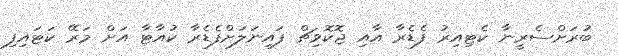
ބުރަށްސެރީނާ ކެޓިއިރު ފެޑެރާ އާއި ޖޮކޮވިޗް ފައިނަލަށްފެޑެރާ ކުއާޓާ އަށް މަރޭ ކަޓައިފި